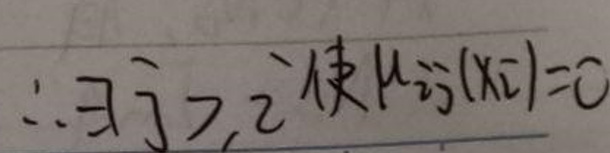
\(\therefore \exists x_{0} \in ( 2, + \infty ) \)使\( f ^ { \prime } ( x _ { 0 } ) = 0\)